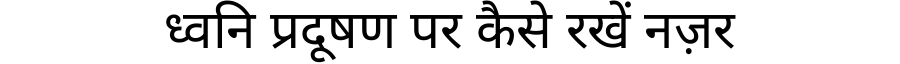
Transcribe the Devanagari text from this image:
ध्वनि प्रदूषण पर कैसे रखें नज़र